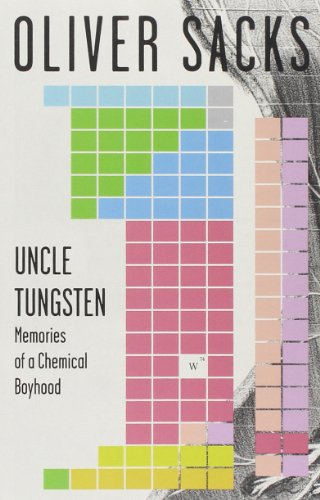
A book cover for Uncle Tungsten: Memories of a Chemical Boyhood; Oliver Sacks; Science & Math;